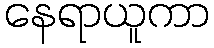
နေရာယူကာ